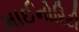
માઈનોરિટી